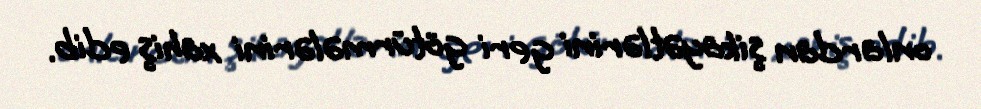
onlardan şikayətlərini geri götürmələrini xahiş edib.